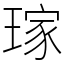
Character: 𤨎